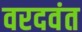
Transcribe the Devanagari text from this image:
वरदवंत